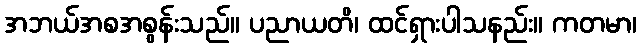
အဘယ်အစအစွန်းသည်။ ပညာယတိ၊ ထင်ရှားပါသနည်း။ ကတမာ၊